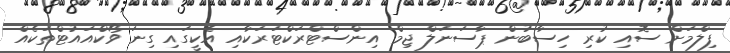
ފިލްމަށް ސޮއި ކުރި ހިސާބުން ޕާސަނަލް ޖިމް އިންސްޓްރަކްޓަރަކާއި އެކީގައި ގިނަ ވޯކްއައުޓްތަކެއް